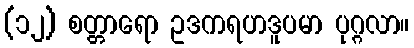
(၁၂) စတ္တာရော ဥဒကရဟဒူပမာ ပုဂ္ဂလာ။